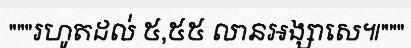
"""រហូតដល់ ៥,៥៥ លានអង្សាសេ៕"""